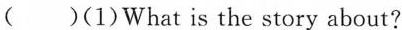
( )(1)What is the story about?